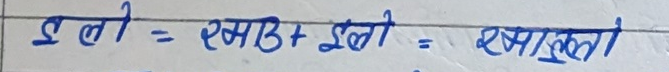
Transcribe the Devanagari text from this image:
इलो = एमा3 + इलो = एमाउली